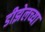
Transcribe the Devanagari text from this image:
डीझेलच्या